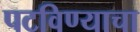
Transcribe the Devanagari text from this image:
पटविण्याचा